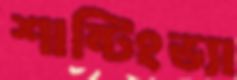
শান্টিংভ্যা